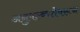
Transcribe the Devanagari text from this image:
अनुपल्ब्धतेवरून